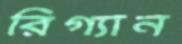
রিগ্যান